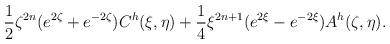
LaTeX: \begin{align*} \frac12\zeta^{2n} (e^{2\zeta} + e^{-2\zeta}) C^h(\xi,\eta) + \frac14 \xi^{2n+1} (e^{2\xi}-e^{-2\xi}) A^h(\zeta,\eta) . \end{align*}